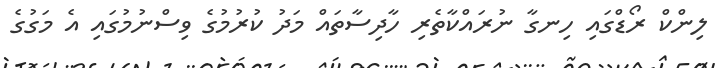
ލިންކް ރޯޑްގައި ހިނގާ ނުރައްކާތެރި ހާދިސާތައް މަދު ކުރުމުގެ ވިސްނުމުގައި އެ މަގުގެ